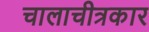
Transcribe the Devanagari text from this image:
चालाचीत्रकार